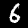
Digit: 6